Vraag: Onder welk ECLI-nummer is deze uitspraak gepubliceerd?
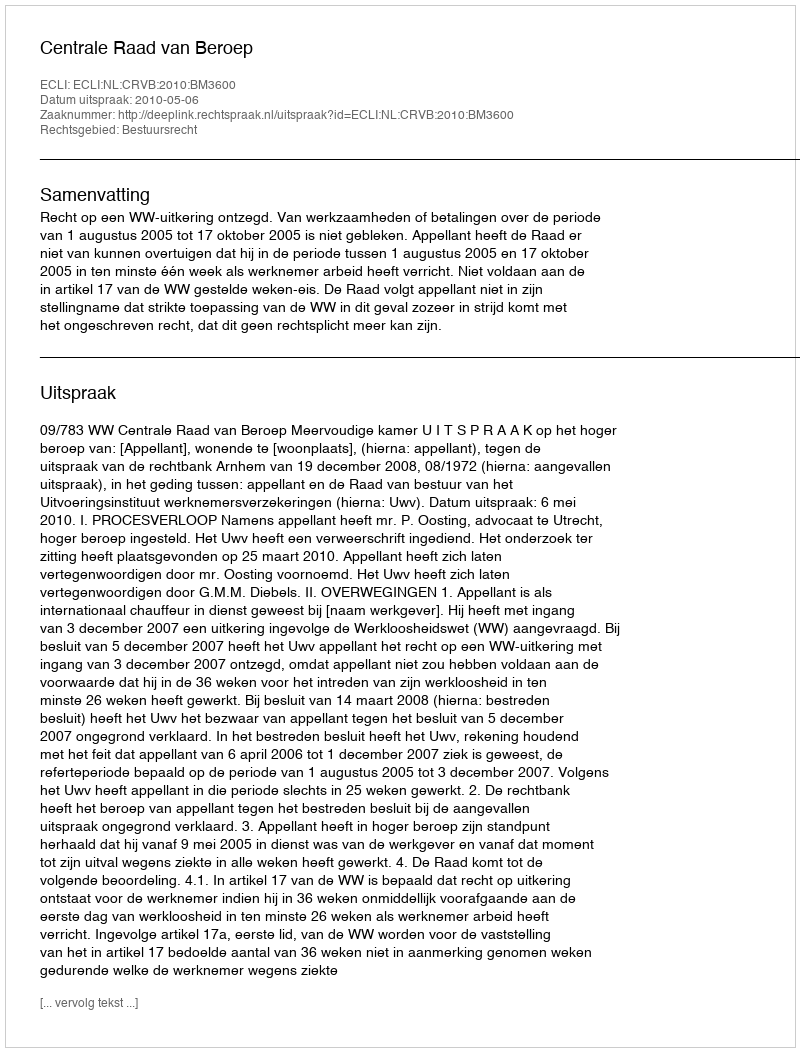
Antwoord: ECLI:NL:CRVB:2010:BM3600